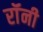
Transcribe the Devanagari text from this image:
रॉंनी